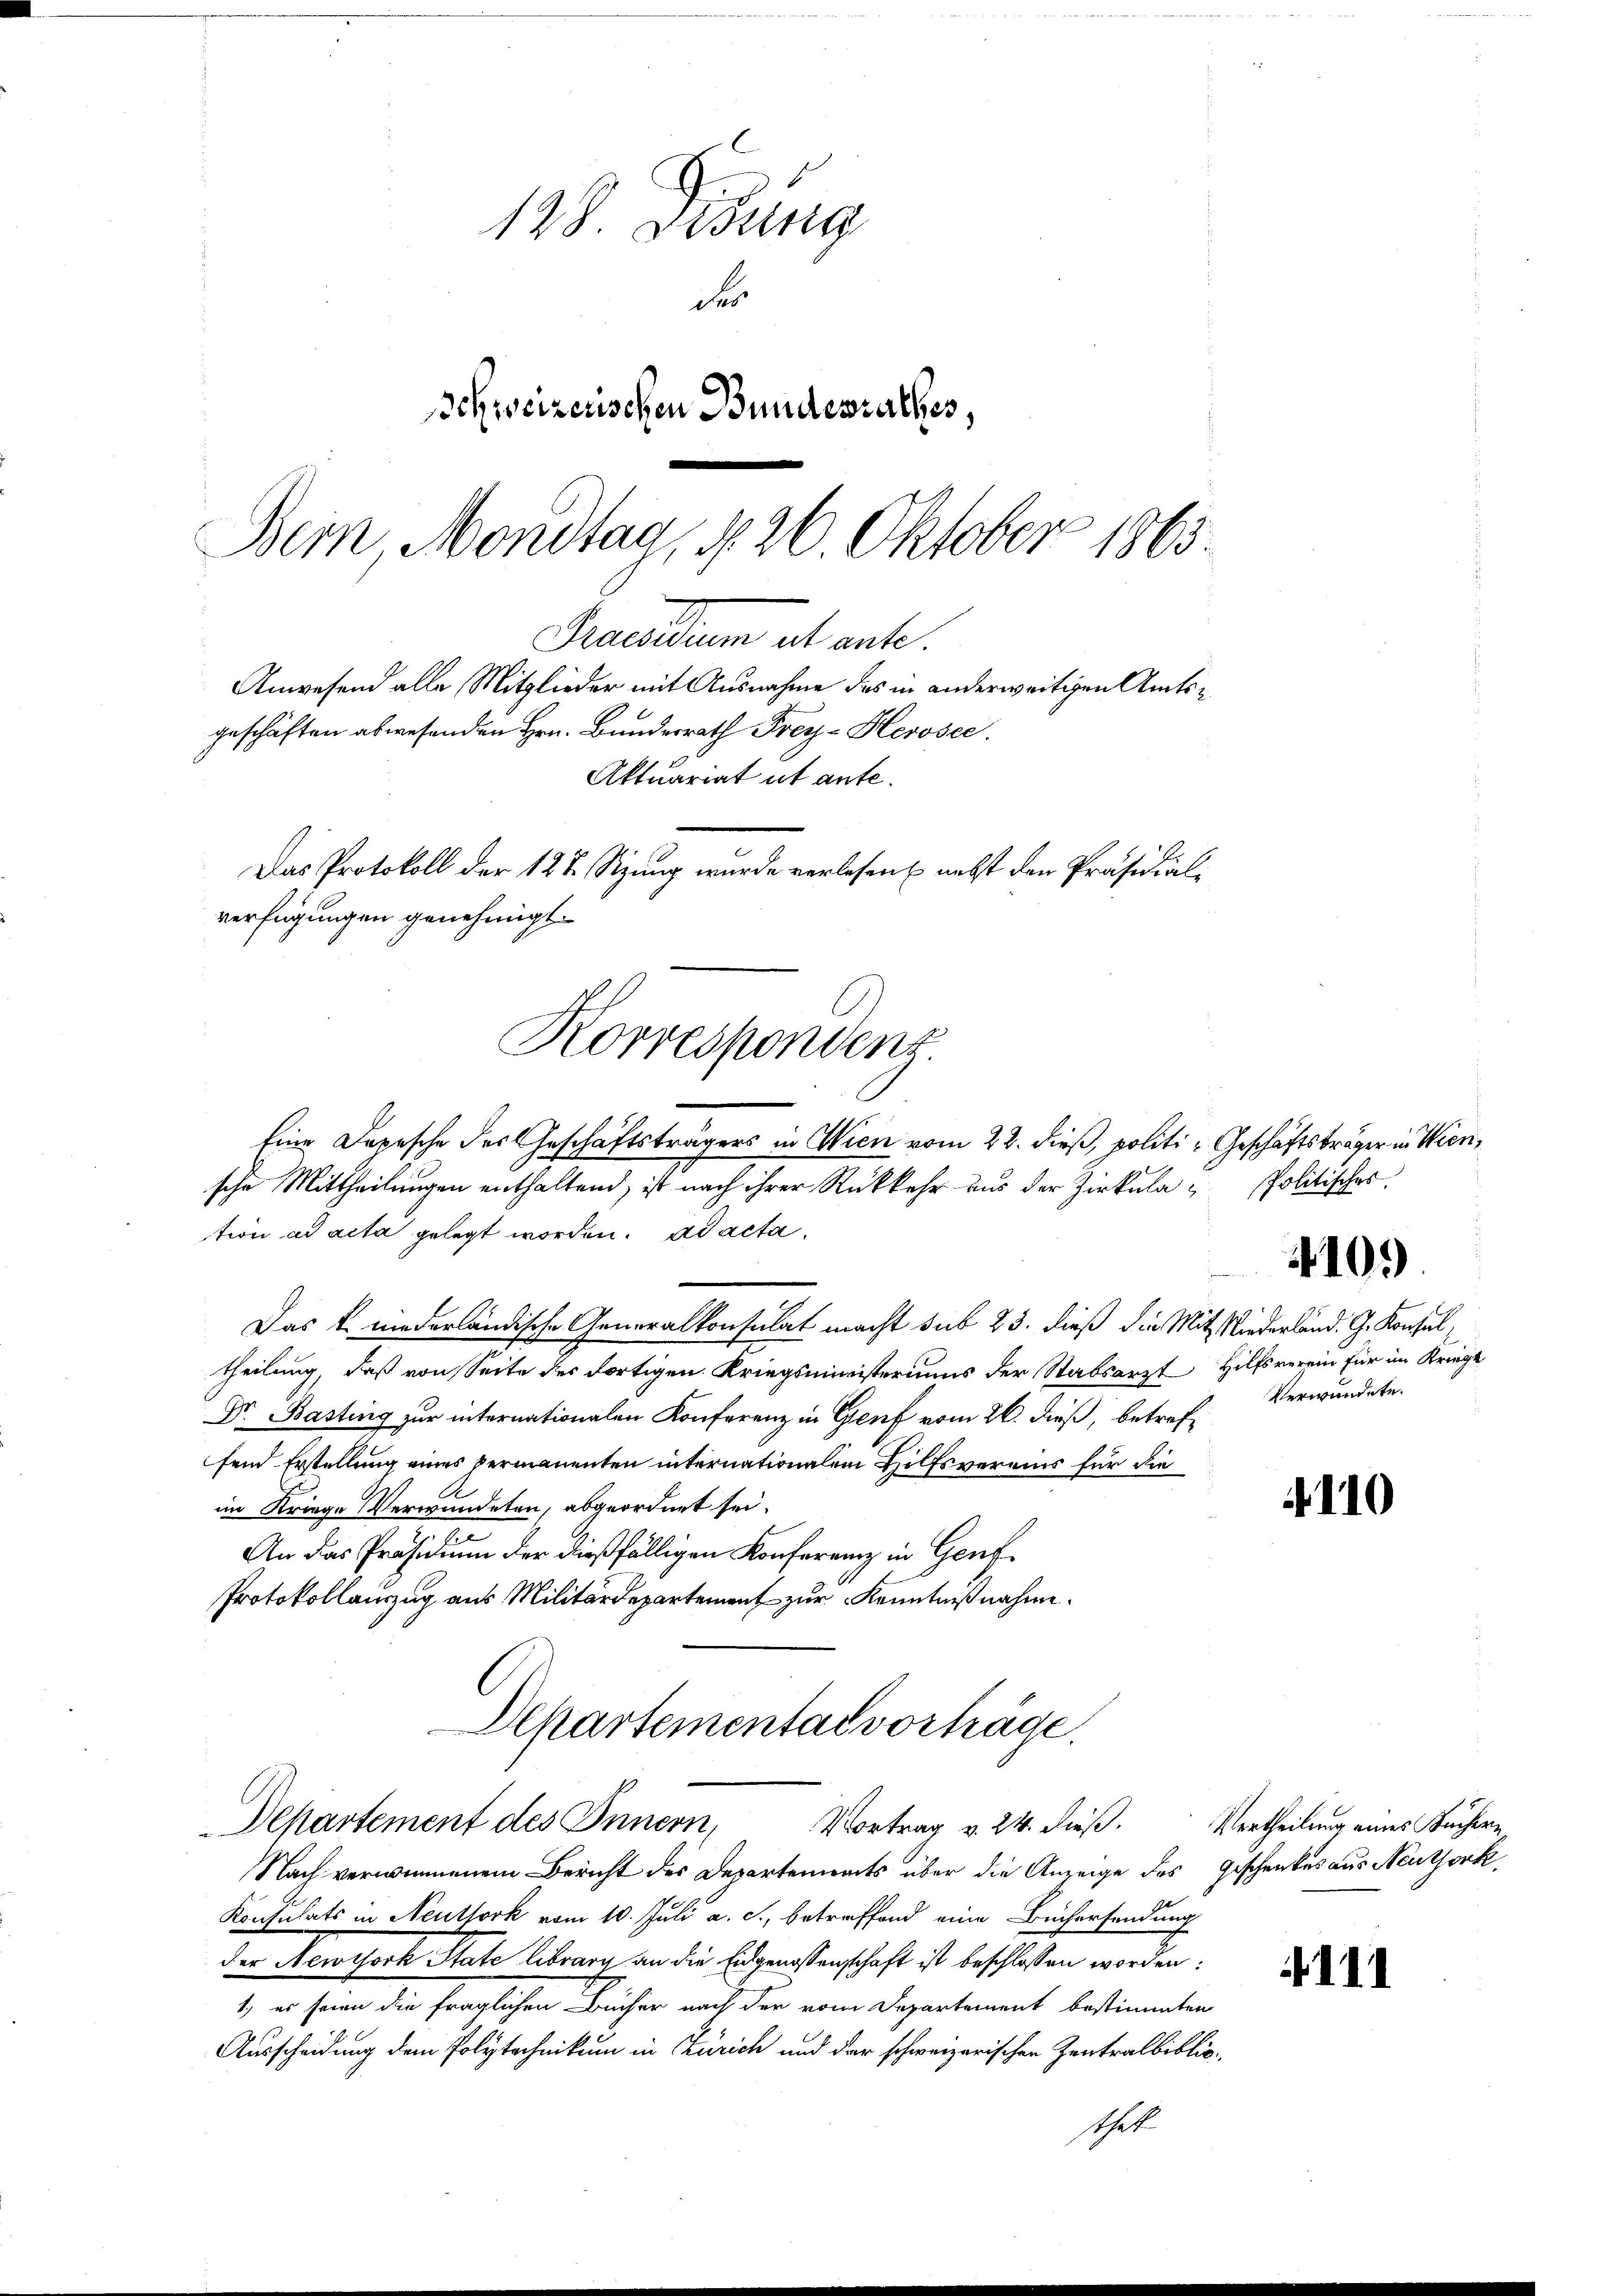
128 Didung
der
Schweizerischen Bundesrathes,
Bern Mondtag, d. 26. Oktober 1863.

Praesidum et ent
geschäften abwesenden Hrn. Bundesrath Frey-Herosee.
verfügungen genehmigt.
Korrespondenz

Anwesend alle Mitglieder mit Ausnahme des in anderweitigen Amts¬
Aktuariat ut ante.
Das Protokoll der 12 t Sitzung wurde verlesen nebst den Präsidial¬

Eine Depesche des Geschäftsträgers in Wien vom 22. dieß, politi- Geschäftsträger in Wiensche Mittheilungen enthaltend, ist nach ihrer Rückkehr aus der Zirkulation ad acta gelegt worden. ad acta
Das k. niederländische Generalkonsulat macht sub 23. dieß die Mitgliederland. G. Konsul
theilung, daß von Seite des fortigen Kriegsministeriums der Stabsarzt Hilfsverein für im Kriegt
Dr. Basting zur internationalen Konferenz in Genf vom 26. dieß, betreffend Erstellung eines permanenten internationalen Hilfsvereins für die
im Kriege Verwundeten, abgeordnet sei.
An das Präsidium der dießfälligen Konferenz in Genf
Protokollauszug aus Militärdepartement zur Kenntnißnahme.
Departemental vorträge.
Departement des Innern,
Vortrag v. 24. dieß.
Nach verninnenem Bericht des Departements über die Anzeige des Geschenkes aus Neuthork
Konsulats in Neuthork vom 10. Juli a. c., betreffend eine Büchersendung
der Newtsoch State librarn an die Eidgenossenschaft ist beschlossen worden:
1. es seien die fraglichen Bücher nach der vom Departement bestimmten
Ausscheidung dem Polytechnikum in Zürich und der schweizerischen Zentralbibliothet

Politisches.

109

Verwundete.

110

Vertheilung eines Büchern

111